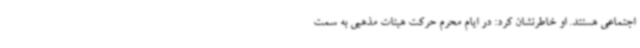
اجتماعی هستند. او خاطرنشان کرد: در ایام محرم حرکت هیئات مذهبی به سمت